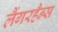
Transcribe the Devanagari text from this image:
लैंगरहैन्स